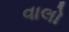
વાલો